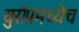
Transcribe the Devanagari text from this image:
युरोपमध्येच